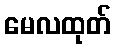
မေလထုတ်